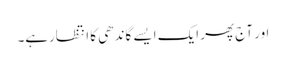
اور آج پھر ایک ایسے گاندھی کا انتظارہے۔